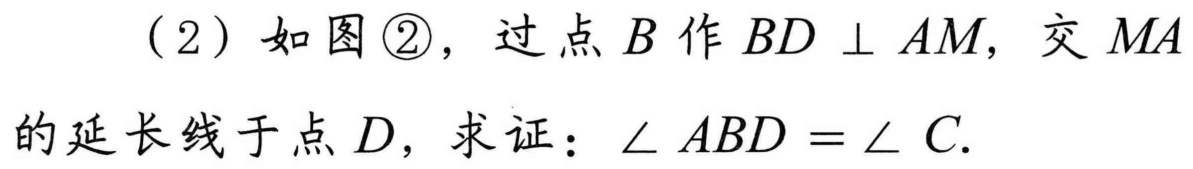
(2) 如图\textcircled{2}，过点\(B\)作\(BD\perp AM\)，交\(MA\)的延长线于点\(D\)，求证：\(\angle ABD=\angle C\).